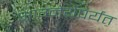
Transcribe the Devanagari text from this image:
आग्नेयेपर्यंत